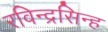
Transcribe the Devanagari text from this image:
रविन्द्रसिन्ह